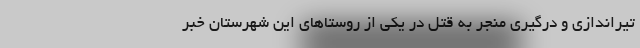
تیراندازی و درگیری منجر به قتل در یکی از روستاهای این شهرستان خبر